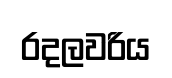
රදලවරිය